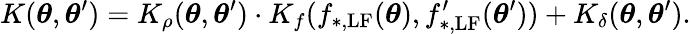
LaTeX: K(\boldsymbol{\theta},\boldsymbol{\theta}^{\prime})=K_{\rho}(\boldsymbol{\theta},\boldsymbol{\theta}^{\prime})\cdot K_{f}(f_{\mathrm{*,LF}}(\boldsymbol{\theta}),f_{\mathrm{*,LF}}^{\prime}(\boldsymbol{\theta}^{\prime}))+K_{\delta}(\boldsymbol{\theta},\boldsymbol{\theta}^{\prime}).